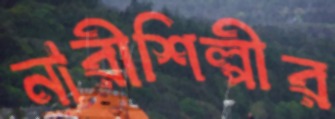
নারীশিল্পীর